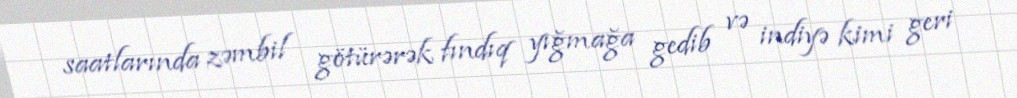
saatlarında zəmbil götürərək fındıq yığmağa gedib və indiyə kimi geri